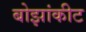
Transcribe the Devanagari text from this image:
बोझांकीट